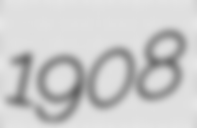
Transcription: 1908